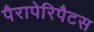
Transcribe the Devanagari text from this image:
पैरापेरिपैटस